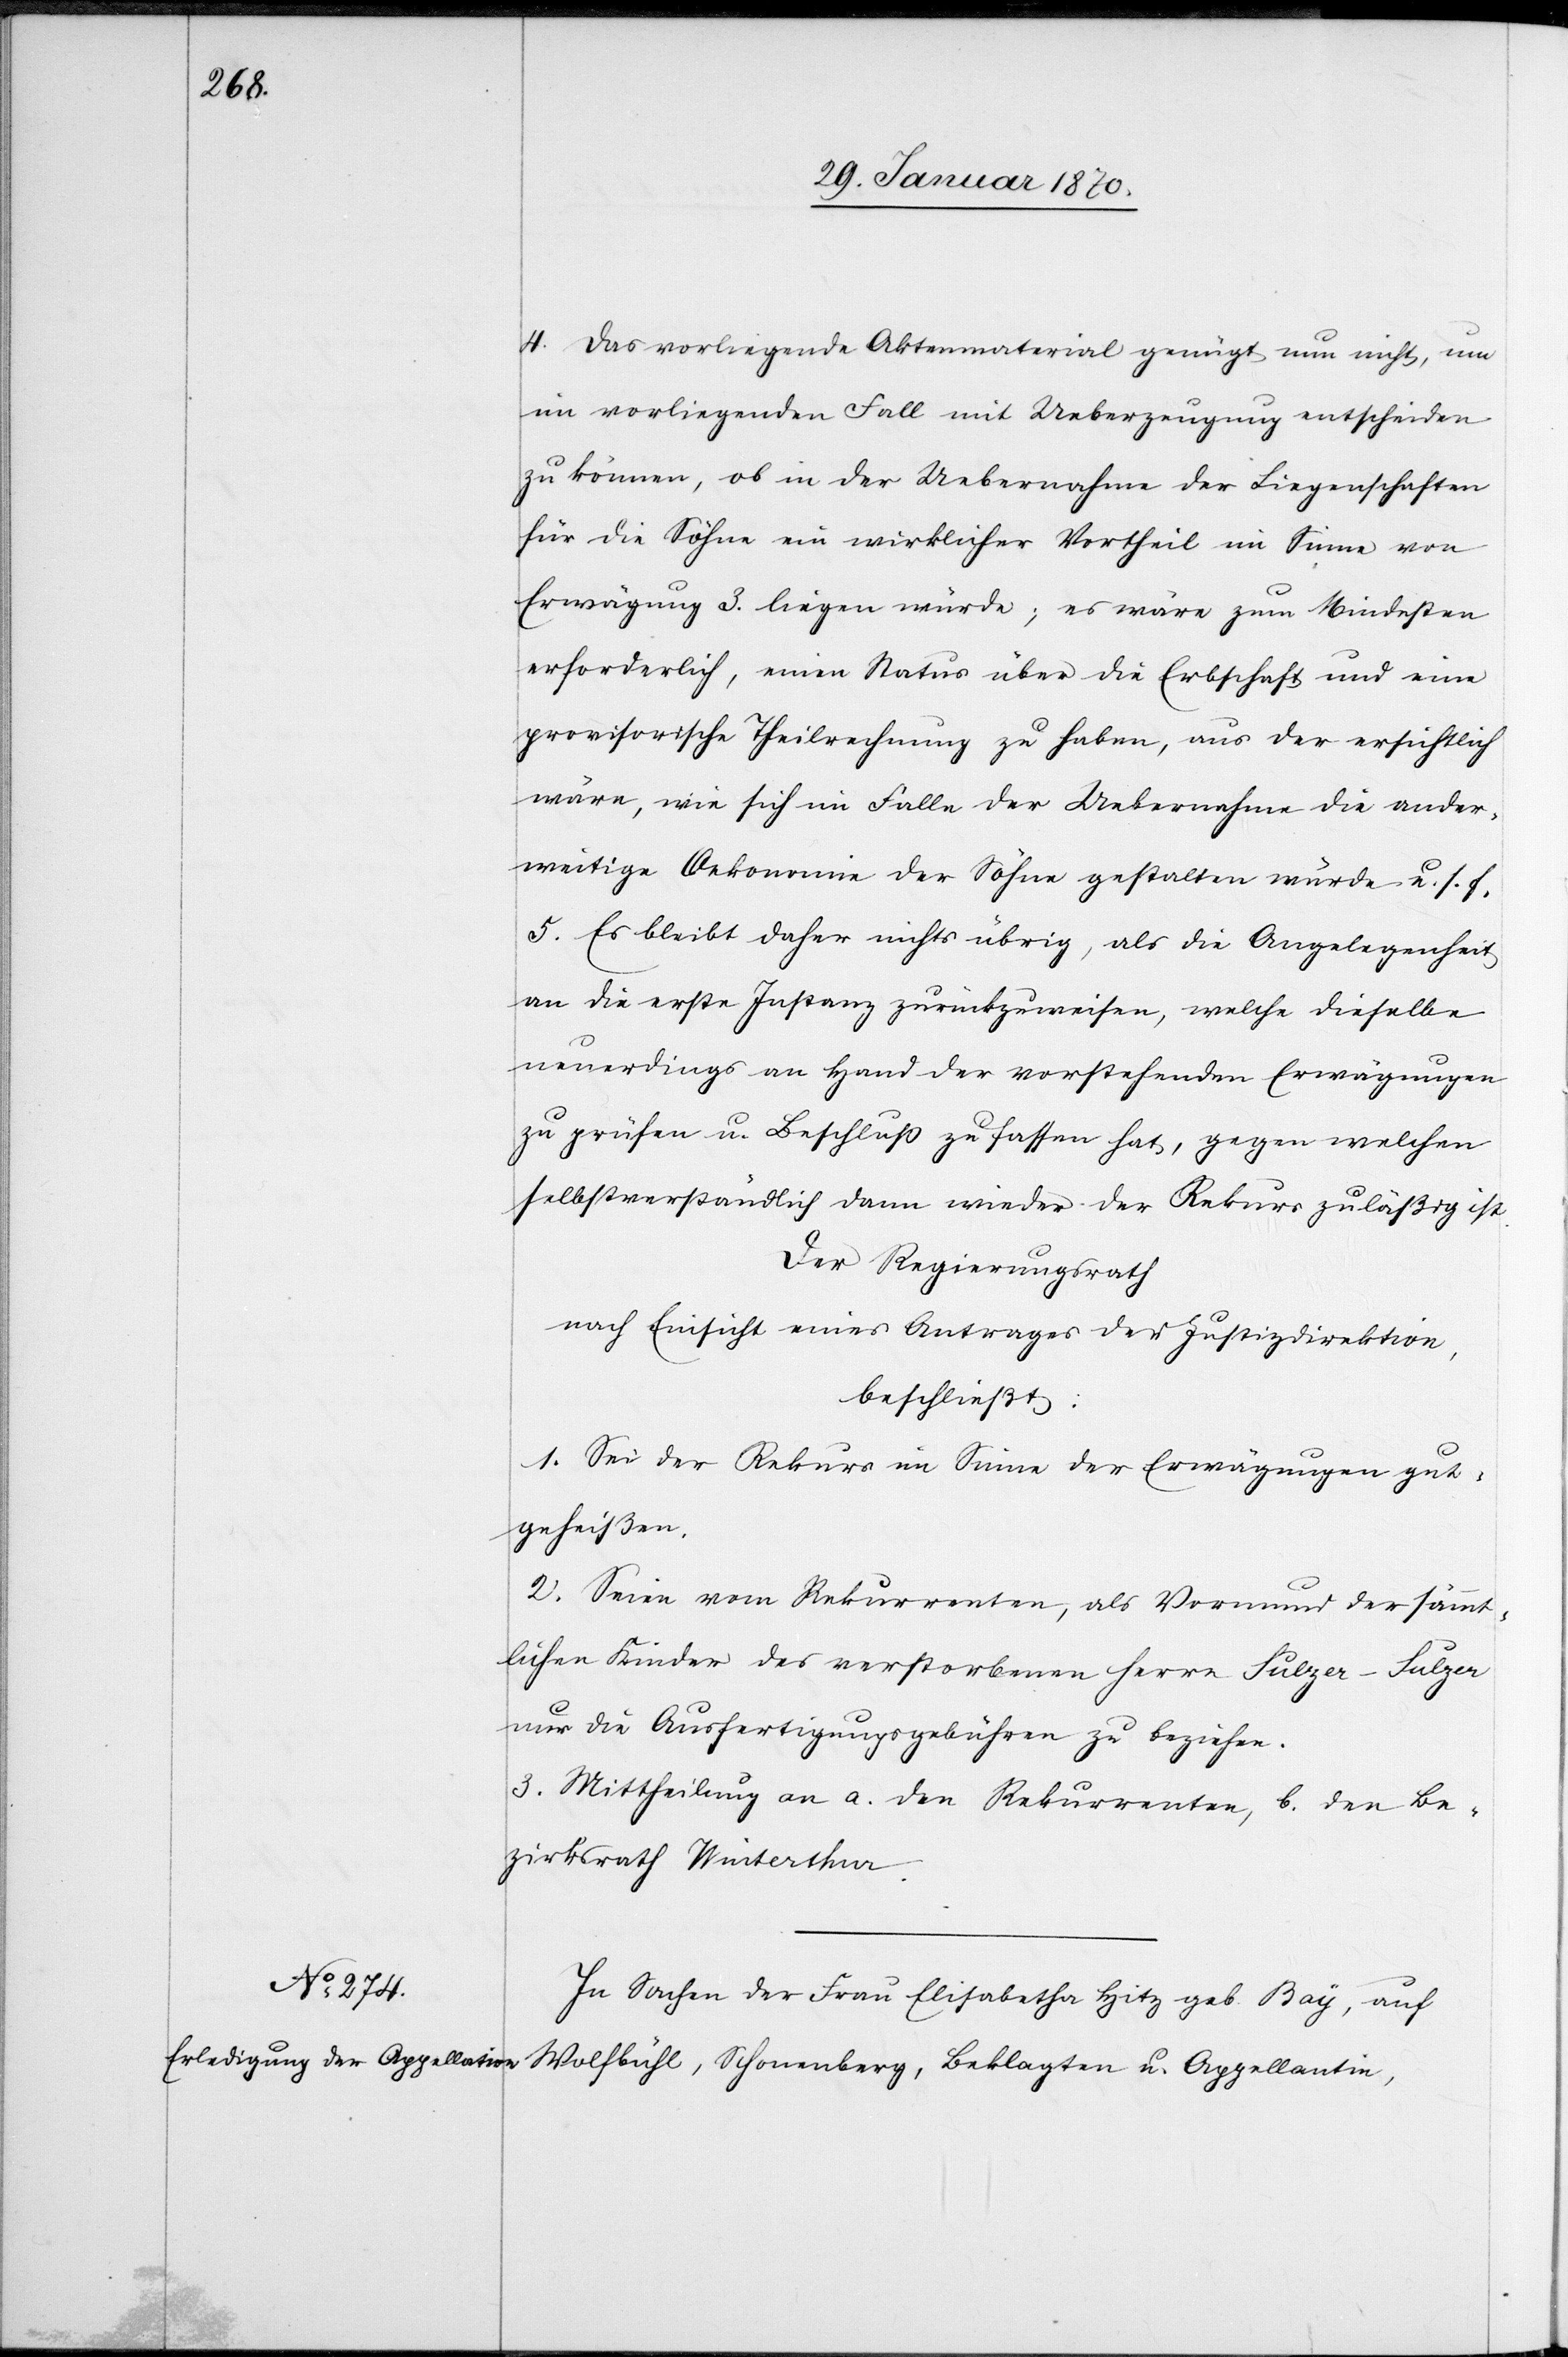
4. Das vorliegende Aktenmaterial genügt nun nicht, um
im vorliegenden Fall mit Ueberzeugung entscheiden
zu können, ob in der Uebernahme der Liegenschaften
für die Söhne ein wirklicher Vortheil im Sinne von
Erwägung 3. liegen würde; es wäre zum Mindesten
erforderlich, einen Status über die Erbschaft und eine
provisorische Theilrechnung zu haben, aus der ersichtlich
wäre, wie sich im Falle der Uebernahme die ander¬
weitige Oekonomie der Söhne gestalten würde u. s. f.
5. Es bleibt daher nichts übrig, als die Angelegenheit
an die erste Instanz zurückzuweisen, welche dieselbe
neuerdings an Hand der vorstehenden Erwägungen
zu prüfen u. Beschluss zu fassen hat, gegen welchen
selbstverständlich dann wieder der Rekurs zuläßig ist.
Der Regierungsrath
nach Einsicht eines Antrages der Justizdirektion
beschließt:
1. Sei der Rekurs im Sinne der Erwägungen gut¬
geheißen.
2. Seien vom Rekurrenten, als Vormund der sämmt¬
lichen Kinder des verstorbenen Herrn Sulzer-Sulzer
nur die Ausfertigungsgebühren zu beziehen.
3. Mittheilung an a. den Rekurrenten, b. den Be¬
zirksrath Winterthur.
In Sache der Frau Elisabetha Hitz geb Bay, auf
Wolfbühl, Schonenberg [sic!], Beklagten u. Appellantin,